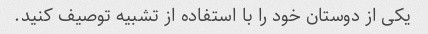
یکی از دوستان خود را با استفاده از تشبیه توصیف کنید.